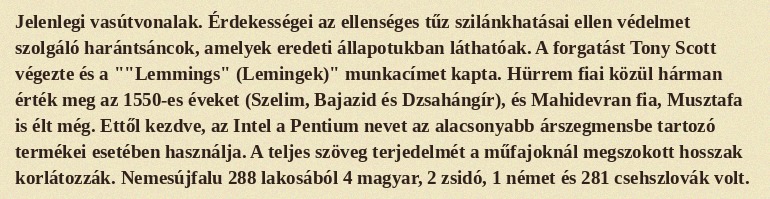
Jelenlegi vasútvonalak. Érdekességei az ellenséges tűz szilánkhatásai ellen védelmet szolgáló harántsáncok, amelyek eredeti állapotukban láthatóak. A forgatást Tony Scott végezte és a ""Lemmings" (Lemingek)" munkacímet kapta. Hürrem fiai közül hárman érték meg az 1550-es éveket (Szelim, Bajazid és Dzsahángír), és Mahidevran fia, Musztafa is élt még. Ettől kezdve, az Intel a Pentium nevet az alacsonyabb árszegmensbe tartozó termékei esetében használja. A teljes szöveg terjedelmét a műfajoknál megszokott hosszak korlátozzák. Nemesújfalu 288 lakosából 4 magyar, 2 zsidó, 1 német és 281 csehszlovák volt.